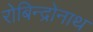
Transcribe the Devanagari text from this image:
रोबिन्द्रोनाथ